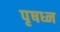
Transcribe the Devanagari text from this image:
पृषध्न